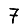
Digit: 7